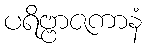
ပရိဗ္ဗာဇကာနံ